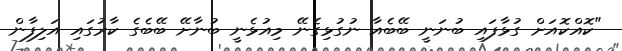
"ކޮއްކޮއަށް ގުޅާފައި ބުނަނީ ބޭބެއާ ނުގުޅިގެނޭ މިއުޅެނީ ބުނާށޭ ބޭބެގެ ކާރުގައި އަލިފާން